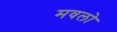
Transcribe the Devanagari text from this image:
मवलो